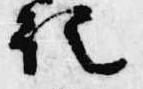
記